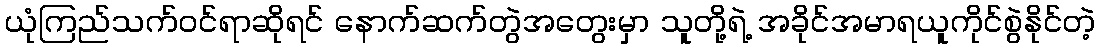
ယုံကြည်သက်၀င်ရာဆိုရင် နောက်ဆက်တွဲအတွေးမှာ သူတို့ရဲ့ အခိုင်အမာရယူကိုင်စွဲနိုင်တဲ့